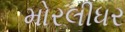
મોરલીધર